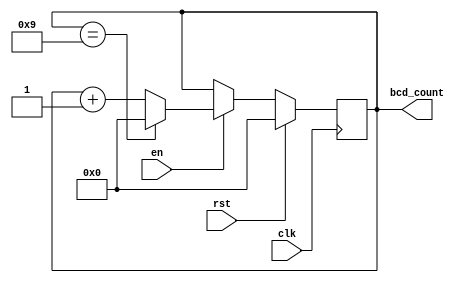
module bcd_counter (
    input wire clk,              // Clock signal
    input wire rst,              // Reset signal
    input wire en,               // Enable signal
    output reg [3:0] bcd_count   // BCD counter output
);

always @(posedge clk) begin
    if (rst) begin
        bcd_count <= 4'b0000;   // Reset the counter to 0
    end else if (en) begin
        if (bcd_count == 4'b1001) begin
            bcd_count <= 4'b0000;   // Wrap back to 0 if count reaches 9
        end else begin
            bcd_count <= bcd_count + 4'b0001;   // Increment count value by 1
        end
    end
end

endmodule